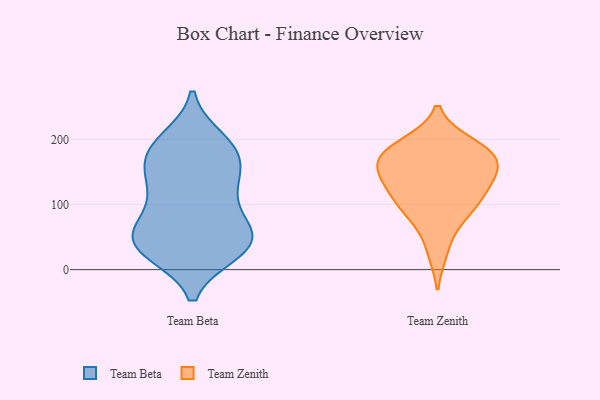
{"axis": {"x": "Shipments", "y": "Value"}, "legend": ["Team Beta", "Team Zenith"], "data": [{"x": "", "y": 143, "type": "Team Beta"}, {"x": "", "y": 183, "type": "Team Beta"}, {"x": "", "y": 131, "type": "Team Beta"}, {"x": "", "y": 27, "type": "Team Beta"}, {"x": "", "y": 74, "type": "Team Beta"}, {"x": "", "y": 187, "type": "Team Beta"}, {"x": "", "y": 27, "type": "Team Beta"}, {"x": "", "y": 199, "type": "Team Beta"}, {"x": "", "y": 38, "type": "Team Beta"}, {"x": "", "y": 178, "type": "Team Beta"}, {"x": "", "y": 183, "type": "Team Beta"}, {"x": "", "y": 58, "type": "Team Beta"}, {"x": "", "y": 136, "type": "Team Beta"}, {"x": "", "y": 55, "type": "Team Beta"}, {"x": "", "y": 127, "type": "Team Beta"}, {"x": "", "y": 36, "type": "Team Beta"}, {"x": "", "y": 33, "type": "Team Beta"}, {"x": "", "y": 53, "type": "Team Beta"}, {"x": "", "y": 88, "type": "Team Beta"}, {"x": "", "y": 120, "type": "Team Zenith"}, {"x": "", "y": 145, "type": "Team Zenith"}, {"x": "", "y": 29, "type": "Team Zenith"}, {"x": "", "y": 192, "type": "Team Zenith"}, {"x": "", "y": 126, "type": "Team Zenith"}, {"x": "", "y": 161, "type": "Team Zenith"}, {"x": "", "y": 188, "type": "Team Zenith"}, {"x": "", "y": 175, "type": "Team Zenith"}, {"x": "", "y": 80, "type": "Team Zenith"}, {"x": "", "y": 175, "type": "Team Zenith"}, {"x": "", "y": 171, "type": "Team Zenith"}, {"x": "", "y": 102, "type": "Team Zenith"}, {"x": "", "y": 90, "type": "Team Zenith"}, {"x": "", "y": 142, "type": "Team Zenith"}]}